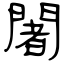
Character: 闍